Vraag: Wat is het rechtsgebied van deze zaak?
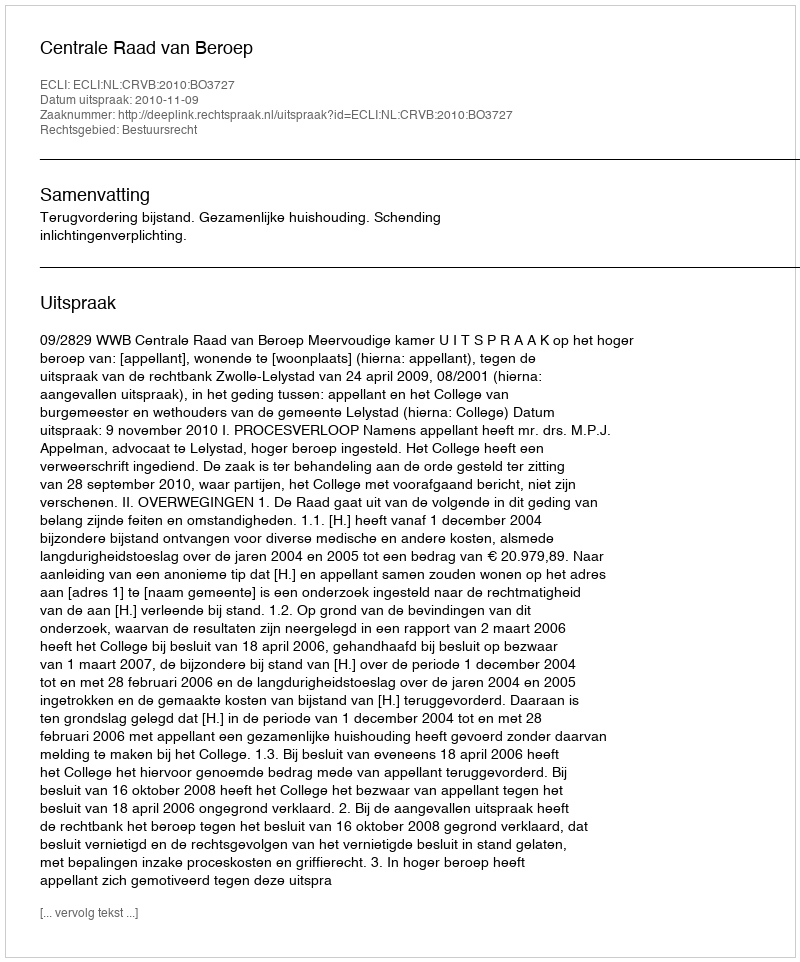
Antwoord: Bestuursrecht